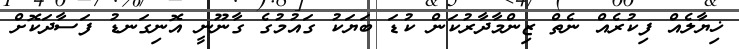
ޚިޔާލެއް ފިކުރެއް ނެތް ޒިންމާދާރުކަން ކުޑަ ބަޔަކު ގައުމުގެ ގާނޫނީ އޮނިގަނޑު ފަސާދަކޮށް